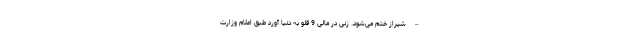
– شیراز ختم می‌شود. زنی در مالی 9 قلو به دنیا آورد طبق اعلام وزارت